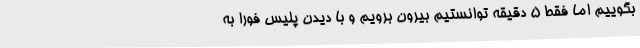
بگوییم اما فقط 5 دقیقه توانستیم بیرون برویم و با دیدن پلیس فوراً به